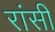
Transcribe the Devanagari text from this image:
रांसी